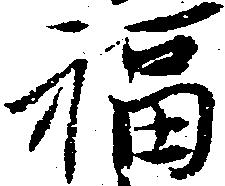
福